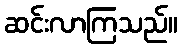
ဆင်းလာကြသည်။